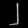
Digit: ၂